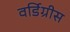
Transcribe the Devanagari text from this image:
वर्डिग्रीस